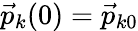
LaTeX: \vec{p}_{k}(0)=\vec{p}_{k0}